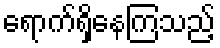
ရောက်ရှိနေကြသည့်